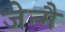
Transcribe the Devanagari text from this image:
जेन्मै